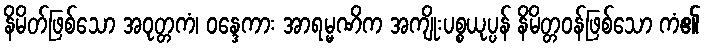
နိမိတ်ဖြစ်သော အဝုတ္တကံ၊ ဝန္ဒေကား အာရမ္မဏိက အကျိုးပစ္စယုပ္ပန် နိမိတ္တဝန်ဖြစ်သော ကံ၏